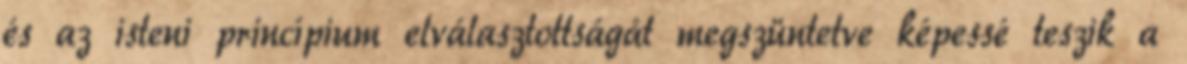
és az isteni princípium elválasztottságát megszüntetve képessé teszik a